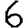
Digit: 6